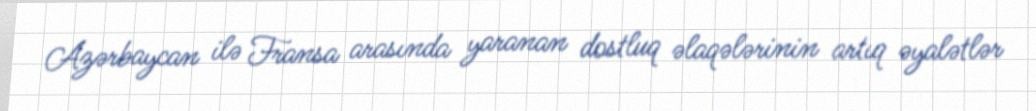
Azərbaycan ilə Fransa arasında yaranan dostluq əlaqələrinin artıq əyalətlər